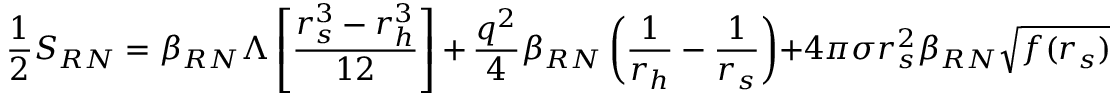
\frac { 1 } { 2 } { \cal S } _ { R N } = \beta _ { R N } \Lambda \left[ \frac { r _ { s } ^ { 3 } - r _ { h } ^ { 3 } } { 1 2 } \right] \, + \, \frac { q ^ { 2 } } { 4 } \beta _ { R N } \left( \frac { 1 } { r _ { h } } - \frac { 1 } { r _ { s } } \right) + 4 \pi \sigma r _ { s } ^ { 2 } \beta _ { R N } \sqrt { f ( r _ { s } ) }